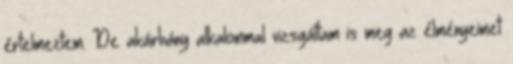
értelmeztem. De akárhány alkalommal vizsgáltam is meg az élményeimet